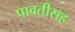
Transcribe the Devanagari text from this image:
पावतीसह